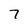
Character: 7